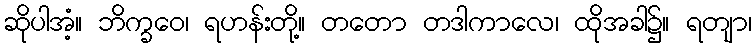
ဆိုပါအံ့။ ဘိက္ခဝေ၊ ရဟန်းတို့။ တတော တဒါကာလေ၊ ထိုအခါ၌။ ရတျာ၊